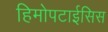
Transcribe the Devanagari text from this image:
हिमोपटाईसिस